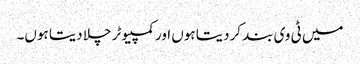
میں ٹی وی بند کردیتا ہوں اور کمپیوٹر چلا دیتا ہوں۔